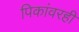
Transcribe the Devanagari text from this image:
पिकांवरही